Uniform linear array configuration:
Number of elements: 16
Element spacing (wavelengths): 1
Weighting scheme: binomial
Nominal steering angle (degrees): -45
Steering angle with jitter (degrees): -45.313
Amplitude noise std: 0.05
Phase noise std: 0.05

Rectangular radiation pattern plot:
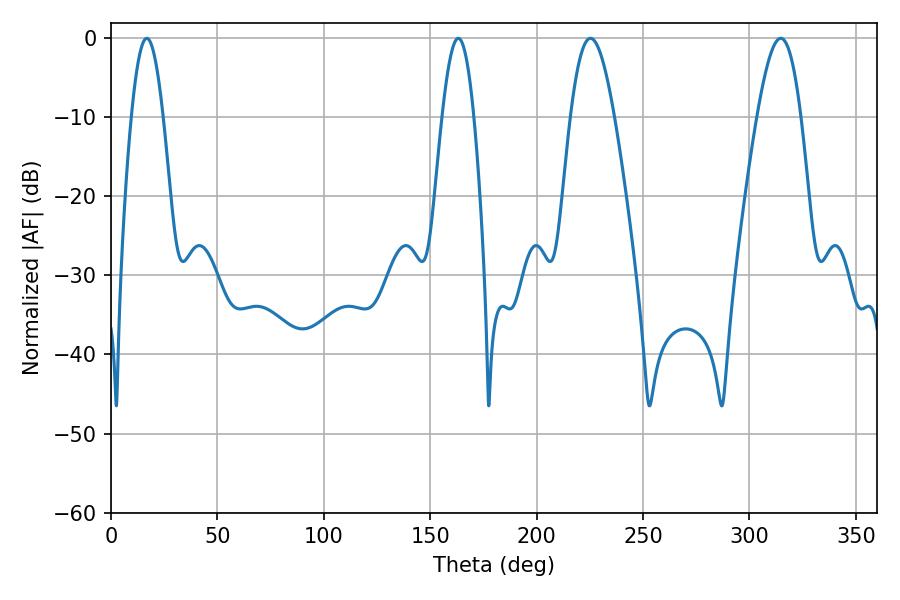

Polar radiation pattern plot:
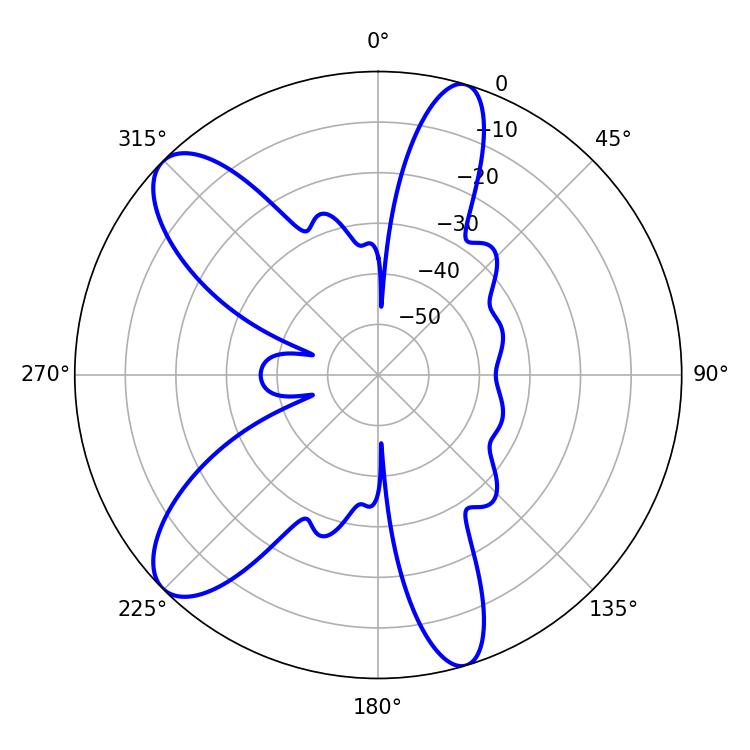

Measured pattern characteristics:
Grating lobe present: TRUE
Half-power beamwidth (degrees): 11.16
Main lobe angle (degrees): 225.36